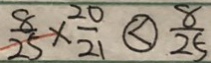
\frac { 8 } { 2 5 } \times \frac { 2 0 } { 2 } \textcircled { < } \frac { 8 } { 2 5 }